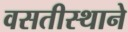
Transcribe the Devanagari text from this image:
वसतीस्थाने